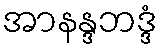
အာနန္ဒဘဒ္ဒံ